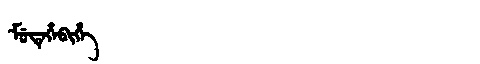
Manchu: ᠮᡠᡨᡝᡥᡝᠪᡳᡥᡝ
Romanization: MUTEHEBIHE